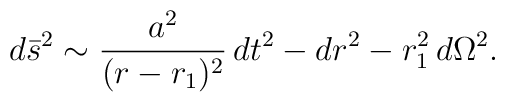
d\bar{s}^2 \sim \frac{a^2}{(r-r_1)^2}\,dt^2 - dr^2 - r_1^2\,d\Omega^2.